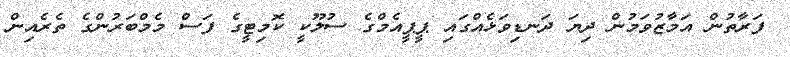
ފަރާތުން އަމާޒުވަމުން ދިޔަ ދަނޑިވަޅެއްގައި ޕީޕީއެމްގެ ސުލޫކީ ކޮމިޓީގެ ފަސް މެމްބަރުންގެ ތެރެއިން